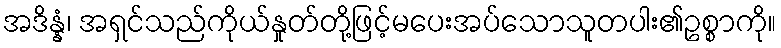
အဒိန္နံ၊ အရှင်သည်ကိုယ်နှုတ်တို့ဖြင့်မပေးအပ်သောသူတပါး၏ဥစ္စာကို။